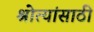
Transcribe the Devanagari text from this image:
श्रोत्यांसाठी